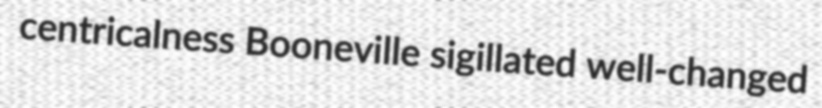
centricalness Booneville sigillated well-changed